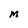
Character: M